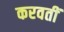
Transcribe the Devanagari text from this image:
करवतीं